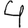
Digit: 4